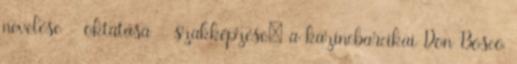
nevelése - oktatása - szakképzése: a kazincbarcikai Don Bosco